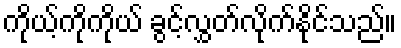
ကိုယ့်ကိုကိုယ် ခွင့်လွှတ်လိုက်နိုင်သည်။